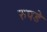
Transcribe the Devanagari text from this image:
रुपडे